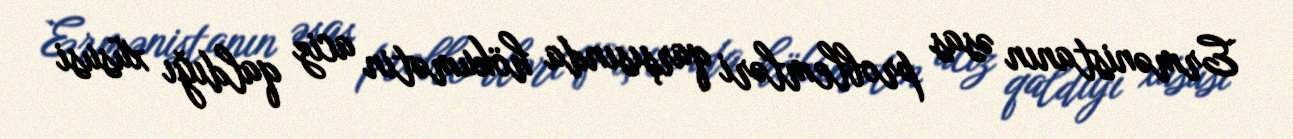
Ermənistanın əsas problemləri qarşısında hökumətin aciz qaldığı xüsusi